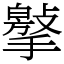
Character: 𢵿